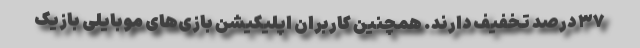
۳۷ درصد تخفیف دارند. همچنین کاربران اپلیکیشن بازی‌های موبایلی بازیک